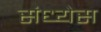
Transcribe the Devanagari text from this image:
संध्येस